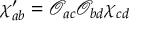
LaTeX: \chi _ { a b } ^ { \prime } = \mathcal { O } _ { a c } \mathcal { O } _ { b d } \chi _ { c d }